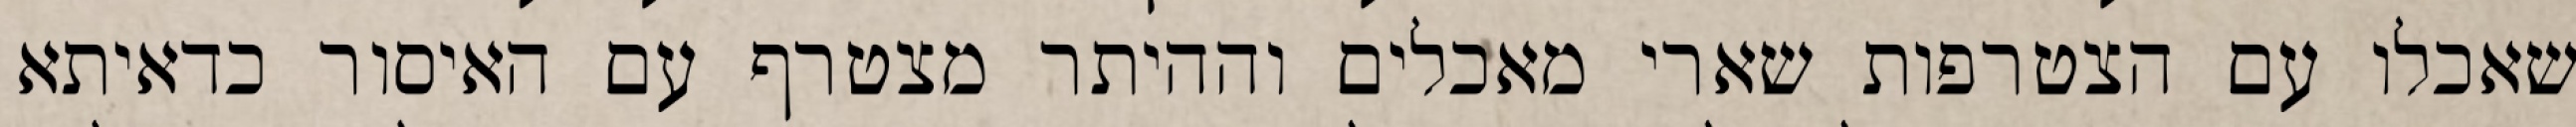
שאכלו עם הצטרפות שארי מאכלים וההיתר מצטרף עם האיסור כדאיתא